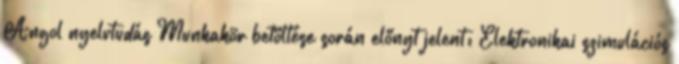
Angol nyelvtudás Munkakör betöltése során előnyt jelent: Elektronikai szimulációs